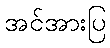
အင်အားပြ